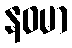
နဝမာ